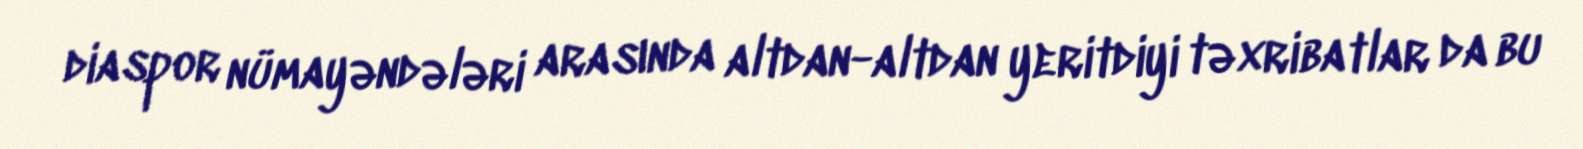
diaspor nümayəndələri arasında altdan-altdan yeritdiyi təxribatlar da bu